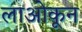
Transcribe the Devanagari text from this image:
लाओकून